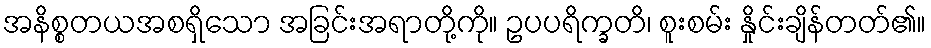
အနိစ္စတယအစရှိသော အခြင်းအရာတို့ကို။ ဥပပရိက္ခတိ၊ စူးစမ်း နှိုင်းချိန်တတ်၏။